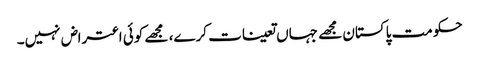
حکومت پاکستان مجھے جہاں تعینات کرے، مجھے کوئی اعتراض نہیں۔